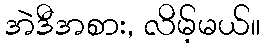
အဲဒီအစား, လိမ့်မယ်။